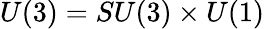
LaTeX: U(3)=SU(3)\times U(1)